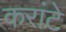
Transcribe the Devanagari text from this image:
करांटे